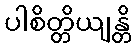
ပါစိတ္တိယျန္တိ